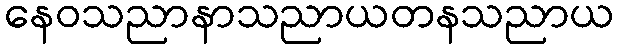
နေဝသညာနာသညာယတနသညာယ